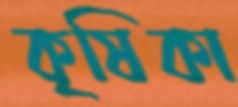
কৃষিকা